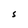
Character: S